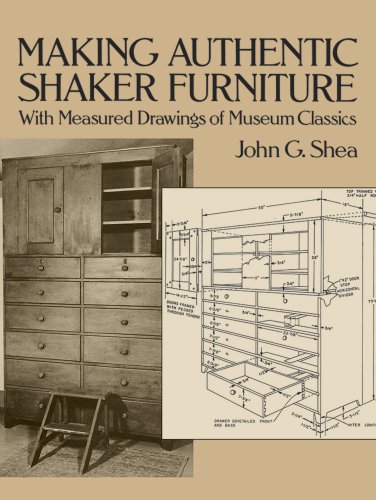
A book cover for Making Authentic Shaker Furniture: With Measured Drawings of Museum Classics (Dover Woodworking); John G. Shea; Crafts, Hobbies & Home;